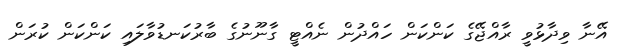
އޭނާ ވިދާޅުވީ ރާއްޖޭގެ ކަންކަން ހައްދުން ނެއްޓީ ގާނޫނުގެ ބާރުކަނޑުވާލައި ކަންކަން ކުރަން